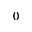
0